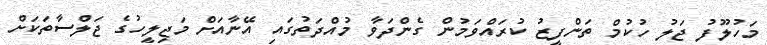
މަހުލޫފު ޖަލު ހުކުމް ތަންފީޒު ކުރައްވަމުން ގެންދަވާ މުއްދަތުގައި އޭނާއަށް މަޖިލީހުގެ ޖަލްސާތަކަށް